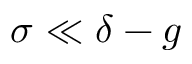
\sigma \ll \delta - g